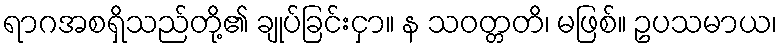
ရာဂအစရှိသည်တို့၏ ချုပ်ခြင်းငှာ။ န သဝတ္တတိ၊ မဖြစ်။ ဥပသမာယ၊